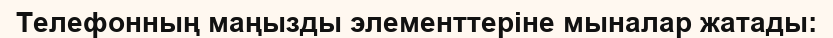
Телефонның маңызды элементтеріне мыналар жатады: